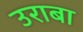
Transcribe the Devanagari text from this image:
उराबा